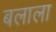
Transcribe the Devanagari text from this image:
बलाला